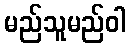
မည်သူမည်ဝါ